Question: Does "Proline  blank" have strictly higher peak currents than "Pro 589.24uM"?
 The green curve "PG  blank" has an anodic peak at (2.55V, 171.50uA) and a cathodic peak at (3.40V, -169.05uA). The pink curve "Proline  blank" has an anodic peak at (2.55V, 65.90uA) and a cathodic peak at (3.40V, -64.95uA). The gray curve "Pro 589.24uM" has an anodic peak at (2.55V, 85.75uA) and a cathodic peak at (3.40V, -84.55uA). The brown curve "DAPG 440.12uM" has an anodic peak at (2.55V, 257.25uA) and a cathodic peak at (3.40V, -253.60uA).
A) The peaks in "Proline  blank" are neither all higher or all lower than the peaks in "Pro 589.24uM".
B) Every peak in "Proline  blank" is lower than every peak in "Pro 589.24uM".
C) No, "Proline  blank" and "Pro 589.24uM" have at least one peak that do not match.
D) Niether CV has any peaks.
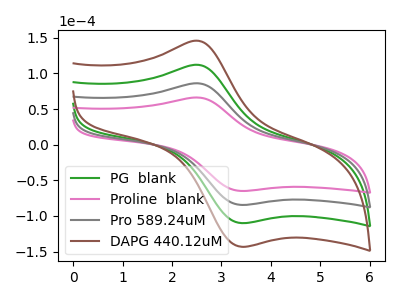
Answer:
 <answer>B) Every peak in "Proline  blank" is lower than every peak in "Pro 589.24uM".</answer>
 <eval>B</eval>